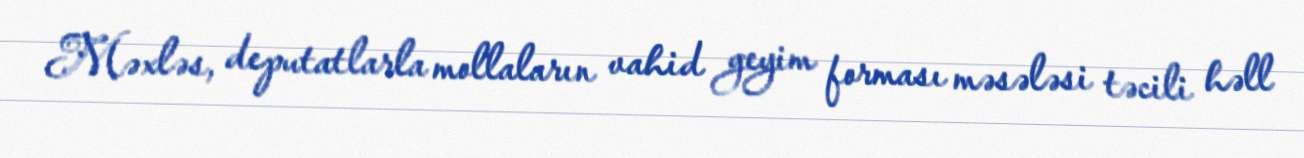
Məxləs, deputatlarla mollaların vahid geyim forması məsələsi təcili həll